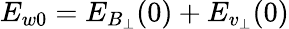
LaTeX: E_{w0}=E_{B_{\bot}}(0)+E_{v_{\bot}}(0)